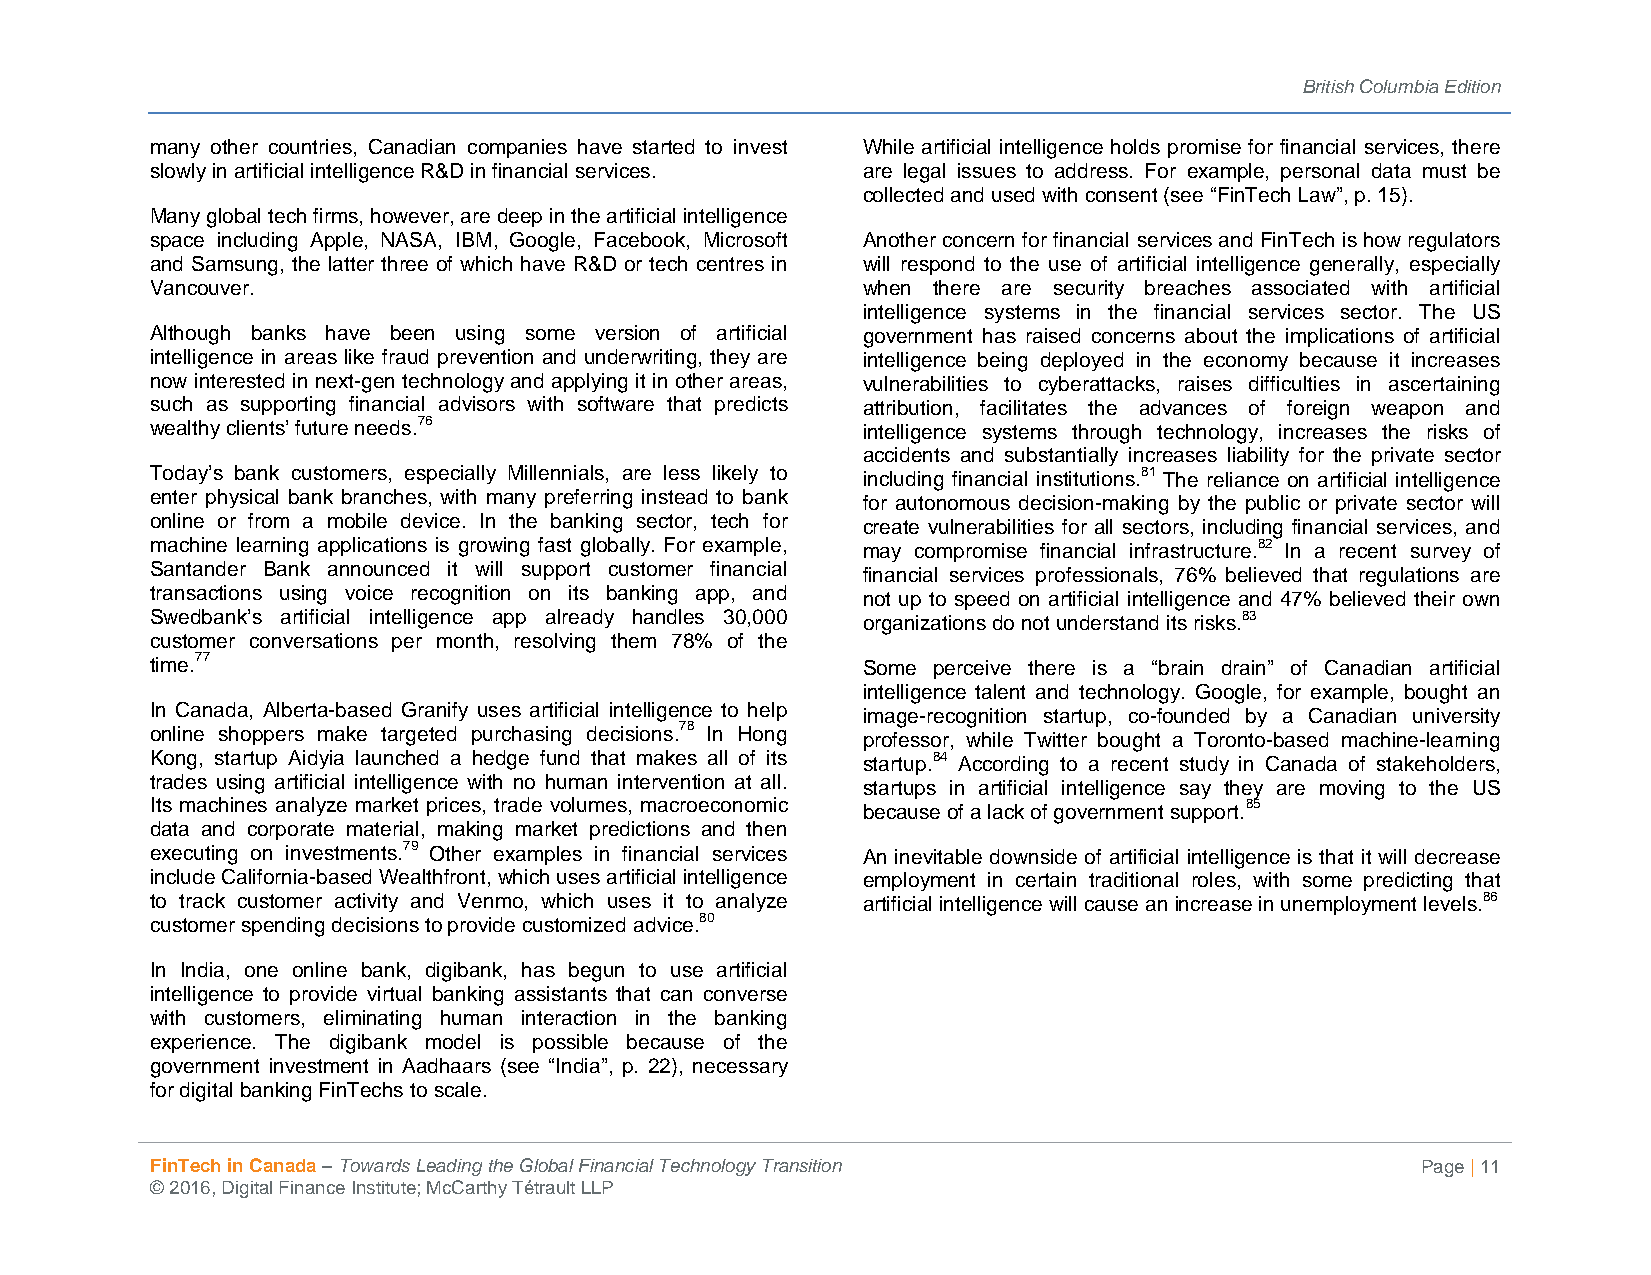
British Columbia Edition
 many other countries, Canadian companies have started to invest While artificial intelligence holds promise for financial services, there
 slowly in artificial intelligence R&D in financial services. are legal issues to address. For example, personal data must be
 collected and used with consent (see “FinTech Law”, p. 15).
 Many global tech firms, however, are deep in the artificial intelligence
 space including Apple, NASA, IBM, Google, Facebook, Microsoft Another concern for financial services and FinTech is how regulators
 and Samsung, the latter three of which have R&D or tech centres in will respond to the use of artificial intelligence generally, especially
 Vancouver.                                     when there are security breaches associated with artificial
 intelligence systems in the financial services sector. The US
 Although banks have been using some version of artificial government has raised concerns about the implications of artificial
 intelligence in areas like fraud prevention and underwriting, they are intelligence being deployed in the economy because it increases
 now interested in next-gen technology and applying it in other areas, vulnerabilities to cyberattacks, raises difficulties in ascertaining
 such as supporting financial advisors with software that predicts attribution, facilitates the advances of foreign weapon and
 wealthy clients’ future needs.76               intelligence systems through technology, increases the risks of
 accidents and substantially increases liability for the private sector
 Today’s bank customers, especially Millennials, are less likely to including financial institutions.81 The reliance on artificial intelligence
 enter physical bank branches, with many preferring instead to bank
 for autonomous decision-making by the public or private sector will
 online or from a mobile device. In the banking sector, tech for
 create vulnerabilities for all sectors, including financial services, and
 machine learning applications is growing fast globally. For example, may compromise financial infrastructure.82 In a recent survey of
 Santander Bank announced it will support customer financial
 financial services professionals, 76% believed that regulations are
 transactions using voice recognition on its banking app, and
 not up to speed on artificial intelligence and 47% believed their own
 Swedbank’s artificial intelligence app already handles 30,000 organizations do not understand its risks.83
 customer conversations per month, resolving them 78% of the
 time.77
 Some perceive there is a “brain drain” of Canadian artificial
 intelligence talent and technology. Google, for example, bought an
 In Canada, Alberta-based Granify uses artificial intelligence to help image-recognition startup, co-founded by a Canadian university
 online shoppers make targeted purchasing decisions.78 In Hong professor, while Twitter bought a Toronto-based machine-learning
 Kong, startup Aidyia launched a hedge fund that makes all of its startup.84 According to a recent study in Canada of stakeholders,
 trades using artificial intelligence with no human intervention at all.
 startups in artificial intelligence say they are moving to the US
 Its machines analyze market prices, trade volumes, macroeconomic because of a lack of government support.85
 data and corporate material, making market predictions and then
 executing on investments.79 Other examples in financial services An inevitable downside of artificial intelligence is that it will decrease
 include California-based Wealthfront, which uses artificial intelligence employment in certain traditional roles, with some predicting that
 to track customer activity and Venmo, which uses it to analyze artificial intelligence will cause an increase in unemployment levels.86
 customer spending decisions to provide customized advice.80
 In India, one online bank, digibank, has begun to use artificial
 intelligence to provide virtual banking assistants that can converse
 with customers, eliminating human interaction in the banking
 experience. The digibank model is possible because of the
 government investment in Aadhaars (see “India”, p. 22), necessary
 for digital banking FinTechs to scale.
 FinTech in Canada – Towards Leading the Global Financial Technology Transition      Page | 11
 © 2016, Digital Finance Institute; McCarthy Tétrault LLP